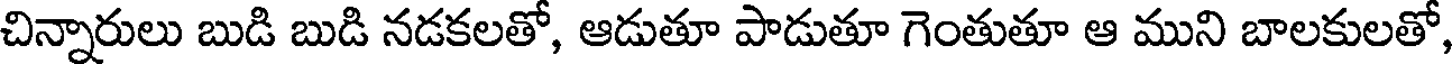
చిన్నారులు బుడి బుడి నడకలతో, ఆడుతూ పాడుతూ గెంతుతూ ఆ ముని బాలకులతో,